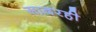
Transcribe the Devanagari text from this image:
सादरही